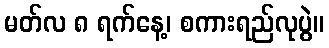
မတ်လ ၈ ရက်နေ့၊ စကားရည်လုပွဲ။